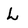
Character: L